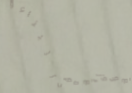
بيع وتوزيع مواد البناء وا